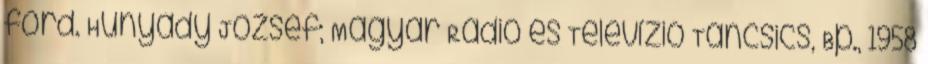
ford. Hunyady József; Magyar Rádió és Televízió–Táncsics, Bp., 1958